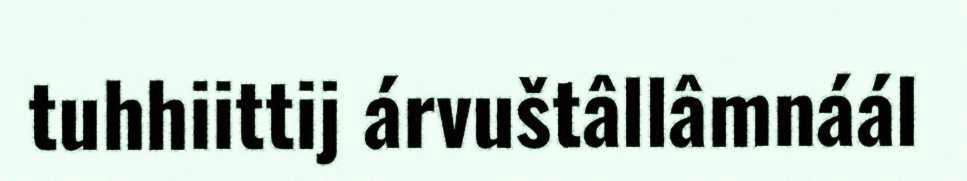
tuhhiittij árvuštâllâmnáál